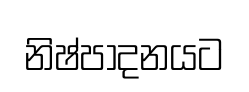
නිෂ්පාදනයට